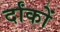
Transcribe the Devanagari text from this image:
र्दांकों